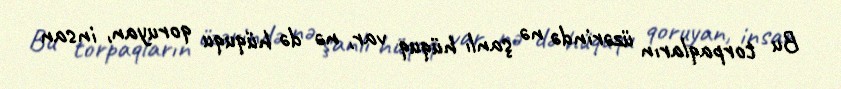
Bu torpaqların üzərində nə şanlı hüquq var, nə də hüququ qoruyan, insan